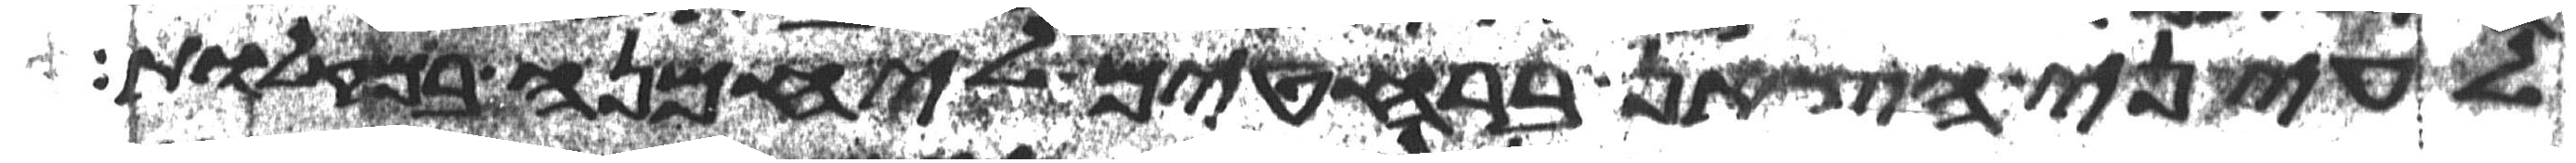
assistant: לעיני הצאן ברחטים ליחמנה במקלות